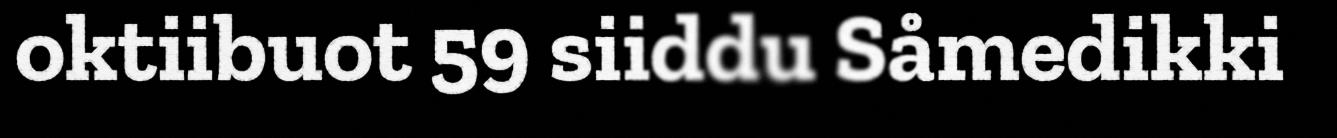
oktiibuot 59 siiddu Såmedikki